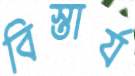
বিস্তার্য